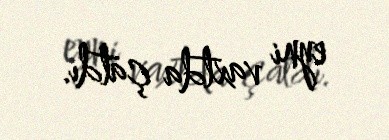
eyni vaxtda çatdı.